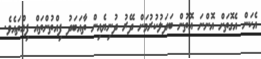
އެކަން އެގޮތަށް އޮންނަ އޮތުން ބަދަލުކުރުމަށް ދޭރު ދުނިޔެއިން ތާއަބަދު ފިއްތުންތައް ފިއްތައެވެ.